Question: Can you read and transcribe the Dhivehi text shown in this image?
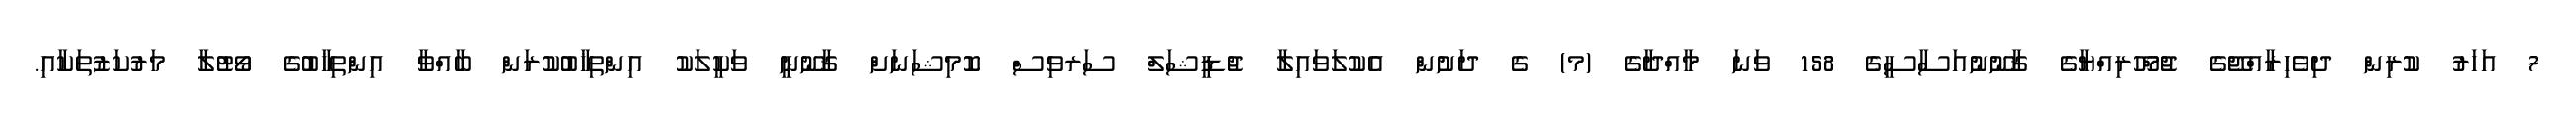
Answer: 7 އަހަރު ކުރިން ދިވެހިރާއްޖޭގެ ޖުމްހޫރިއްޔާގެ ޤާނޫނުއަސާސީގެ 158 ވަނަ މާއްދާގެ (މ) ގެ ދަށުން އެކުލަވައިލާ ޖުޑީޝަލް ސަރވިސް ކޮމިޝަނަށް ޤާނޫނީ ވަކީލަކު އިންތިޚާބުކުރަން ބާއްވާ އިންތިޚާބުގެ ވޯޓުލާ މަރުކަޒުތަކާއި.